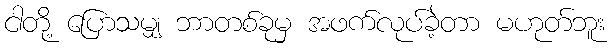
ငါတို့ ပြောသမျှ ဘာတစ်ခုမှ အဖက်လုပ်ခဲ့တာ မဟုတ်ဘူး